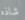
شاذه